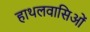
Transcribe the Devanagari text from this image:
हाथलवासिओं